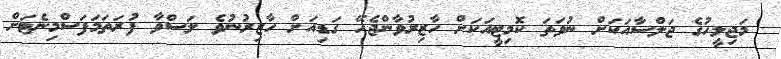
މަޖިލީހުގެ ޖަލްސާއަކަށް ނުވަތަ ކޮމިޓީއަކަށް ހާޒިރުވާންޖެހޭ ގަޑިއަށް ހާޒިރުނުވެ ލަސްވާ ފުރަތަމަފަސްމިނެޓަށް